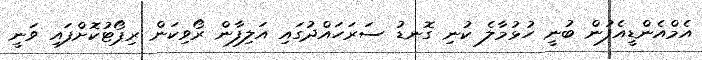
އެމްއެންޑީއެފުން ބުނީ ހުޅުމާލެ ކުނި ގޮނޑު ސަރަހައްދުގައި އަލިފާން ރޯވިކަން ރިޕޯޓުކޮށްފައި ވަނީ